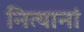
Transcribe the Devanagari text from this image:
नित्यानां